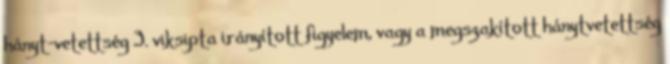
hányt-vetettség 3. viksipta irányított figyelem, vagy a megszakított hánytvetettség